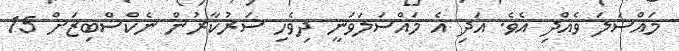
މައްސަލަ ވެއްދި އެވެ. އަދި އެ މައްސަލަަވަނީ ދިވެހި ސަރުކާރުން ނެކްސްބިޒަށް 15